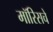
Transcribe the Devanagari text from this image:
मॉरिसचे